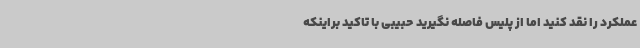
عملکرد را نقد کنید اما از پلیس فاصله نگیرید حبیبی با تاکید براینکه